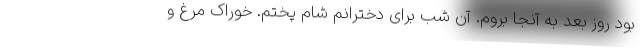
بود روز بعد به آنجا بروم. آن شب برای دخترانم شام پختم. خوراک مرغ و